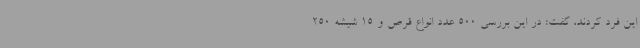
این فرد کردند، گفت: در این بررسی 500 عدد انواع قرص و 15 شیشه 250